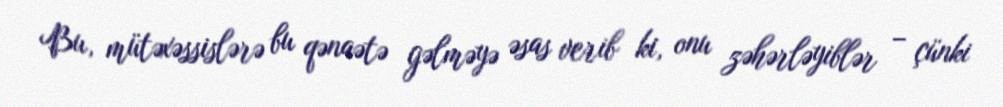
Bu, mütəxəssislərə bu qənaətə gəlməyə əsas verib ki, onu zəhərləyiblər – çünki